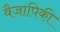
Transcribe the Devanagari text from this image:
वैजापिकी